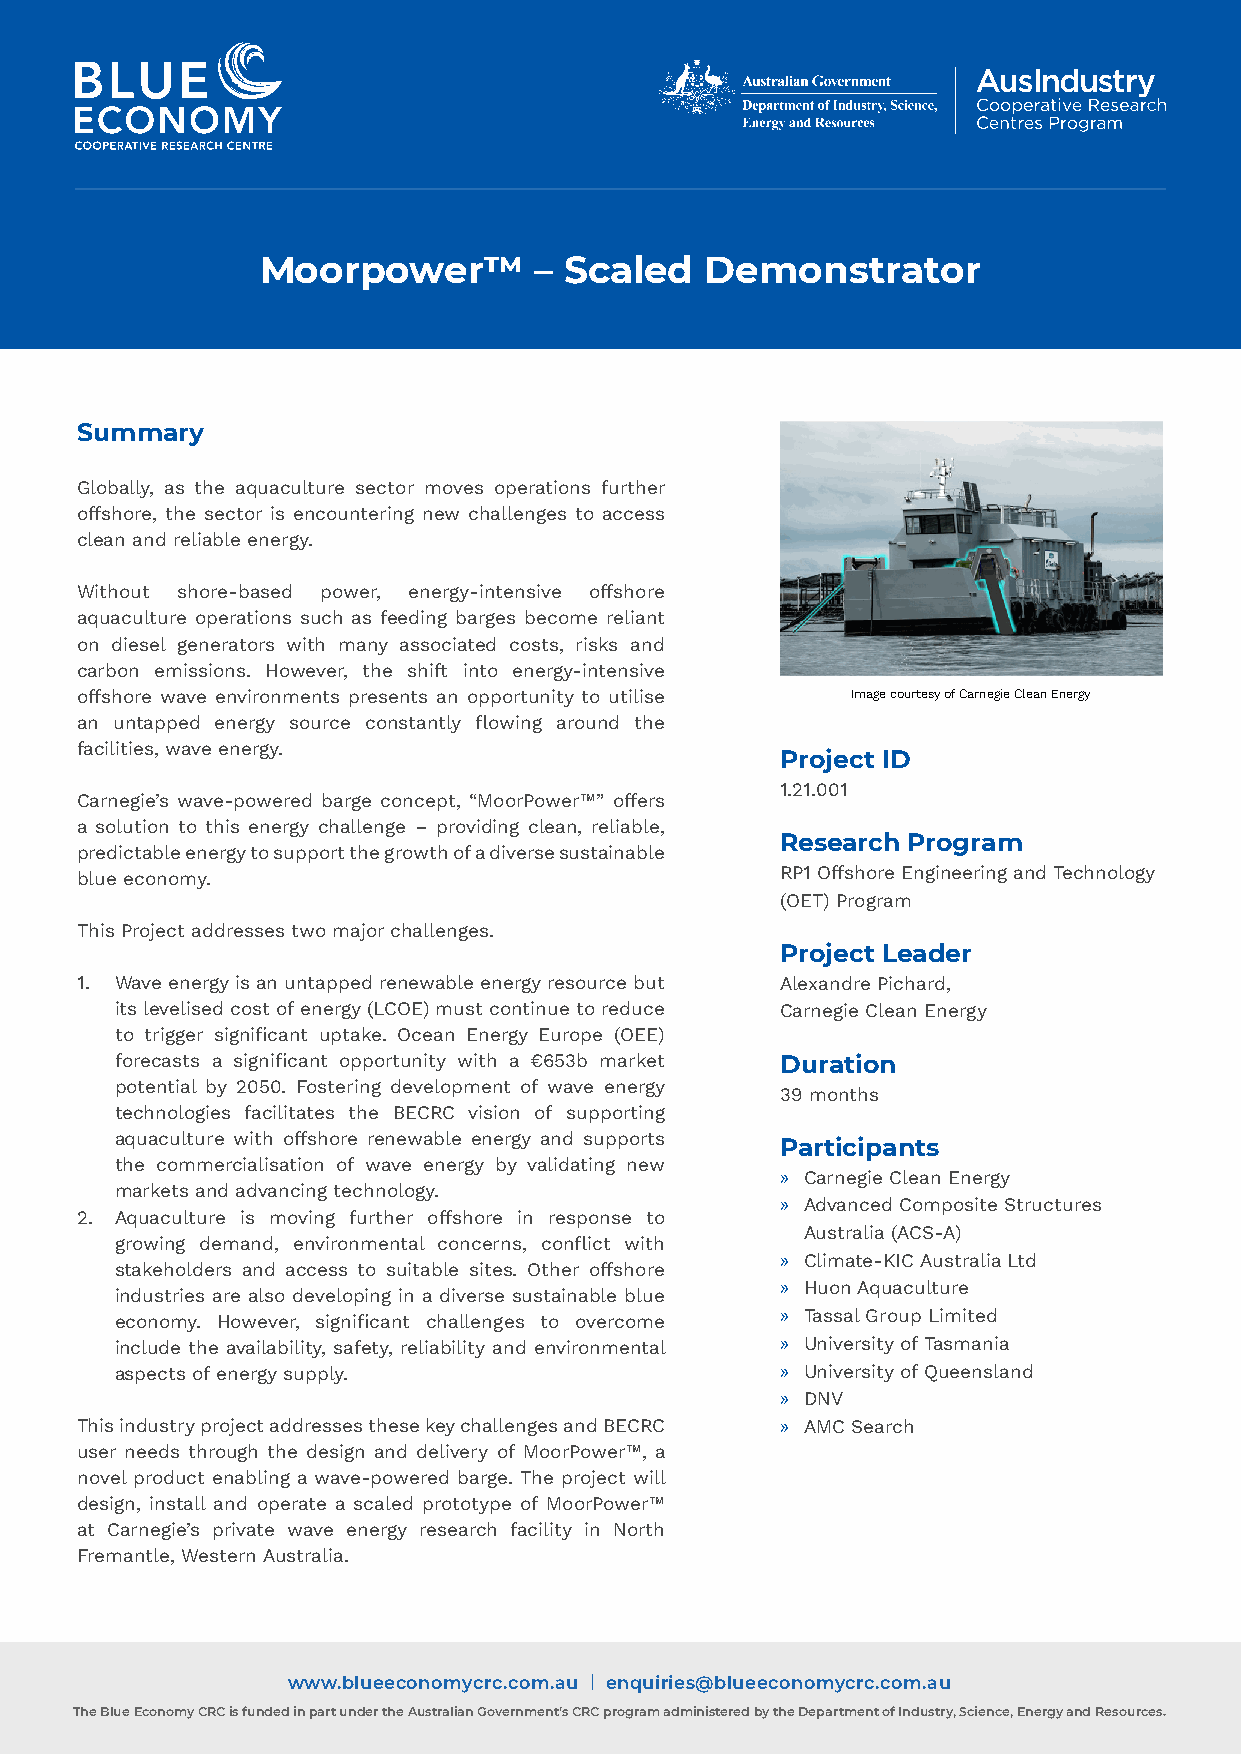
Moorpower™        – Scaled    Demonstrator
 Summary
 Globally, as the aquaculture sector moves operations further
 3.20.007 project name
 offshore, the sector is encountering new challenges to access
 clean and reliable energy.
 Without shore-based power, energy-intensive offshore
 aquaculture operations such as feeding barges become reliant
 on diesel generators with many associated costs, risks and
 carbon emissions. However, the shift into energy-intensive
 offshore wave environments presents an opportunity to utilise Image courtesy of Carnegie Clean Energy
 an untapped energy source constantly flowing around the
 facilities, wave energy.
 Project ID
 1.21.001
 Carnegie’s wave-powered barge concept, “MoorPower™” offers
 a solution to this energy challenge – providing clean, reliable,
 Research Program
 predictable energy to support the growth of a diverse sustainable
 blue economy.                                  RP1 Offshore Engineering and Technology
 (OET) Program
 This Project addresses two major challenges.
 Project Leader
 1. Wave energy is an untapped renewable energy resource but Alexandre Pichard,
 its levelised cost of energy (LCOE) must continue to reduce Carnegie Clean Energy
 to trigger significant uptake. Ocean Energy Europe (OEE)
 forecasts a significant opportunity with a €653b market Duration
 potential by 2050. Fostering development of wave energy
 39 months
 technologies facilitates the BECRC vision of supporting
 aquaculture with offshore renewable energy and supports Participants
 the commercialisation of wave energy by validating new
 » Carnegie Clean Energy
 markets and advancing technology.
 » Advanced Composite Structures
 2. Aquaculture is moving further offshore in response to
 Australia (ACS-A)
 growing demand, environmental concerns, conflict with
 » Climate-KIC Australia Ltd
 stakeholders and access to suitable sites. Other offshore
 » Huon Aquaculture
 industries are also developing in a diverse sustainable blue
 economy. However, significant challenges to overcome » Tassal Group Limited
 include the availability, safety, reliability and environmental » University of Tasmania
 aspects of energy supply.                   » University of Queensland
 » DNV
 This industry project addresses these key challenges and BECRC » AMC Search
 user needs through the design and delivery of MoorPower™, a
 novel product enabling a wave-powered barge. The project will
 design, install and operate a scaled prototype of MoorPower™
 at Carnegie’s private wave energy research facility in North
 Fremantle, Western Australia.
 www.blueeconomycrc.com.au | enquiries@blueeconomycrc.com.au
 The Blue Economy CRC is funded in part under the Australian Government’s CRC program administered by the Department of Industry, Science, Energy and Resources.